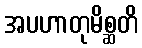
အပဟာတုမိစ္ဆတိ